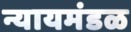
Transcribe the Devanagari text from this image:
न्यायमंडळ